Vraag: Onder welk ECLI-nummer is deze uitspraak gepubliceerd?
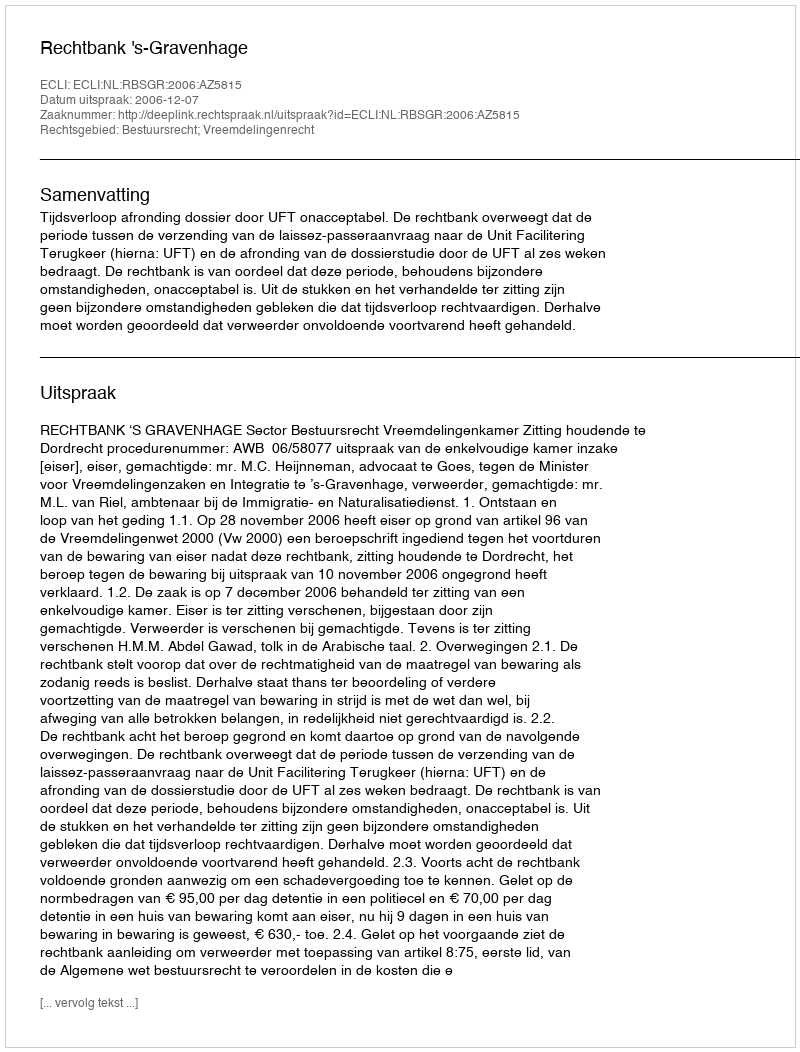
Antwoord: ECLI:NL:RBSGR:2006:AZ5815